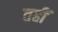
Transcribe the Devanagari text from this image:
तहीं